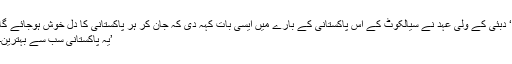
‘ دبئی کے ولی عہد نے سیالکوٹ کے اس پاکستانی کے بارے میں ایسی بات کہہ دی کہ جان کر ہر پاکستانی کا دل خوش ہوجائے گا
’یہ پاکستانی سب سے بہترین۔